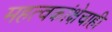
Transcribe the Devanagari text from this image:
महत्वकांक्षेचाही